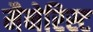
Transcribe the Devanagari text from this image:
मैनेरिस्ट